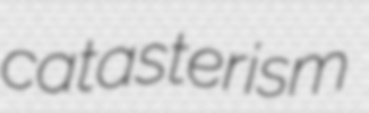
catasterism